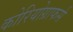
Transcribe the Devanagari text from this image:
कोरियोग्राफर्स